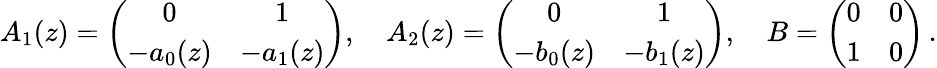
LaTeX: \begin{array}{r}{A_{1}(z)=\left(\begin{array}{cc}{0}&{1}\\ {-a_{0}(z)}&{-a_{1}(z)}\end{array}\right),\quad A_{2}(z)=\left(\begin{array}{cc}{0}&{1}\\ {-b_{0}(z)}&{-b_{1}(z)}\end{array}\right),\quad B=\left(\begin{array}{cc}{0}&{0}\\ {1}&{0}\end{array}\right)\, .}\end{array}